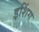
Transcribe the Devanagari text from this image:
इशिंग